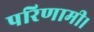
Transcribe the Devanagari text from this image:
परिणामी।